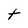
Character: t